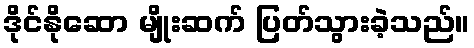
ဒိုင်နိုဆော မျိုးဆက် ပြတ်သွားခဲ့သည်။